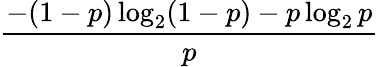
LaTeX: \frac{-(1-p)\log_{2}(1-p)-p\log_{2}p}{p}